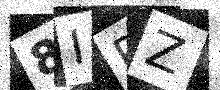
Text: 8IRZ